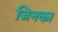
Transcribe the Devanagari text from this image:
जिनका